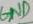
Text: GND